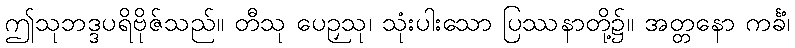
ဤသုဘဒ္ဒပရိဗိုဇ်သည်။ တီသု ပေဉှသု၊ သုံးပါးသော ပြဿနာတို့၌။ အတ္တနော ကင်္ခံ၊